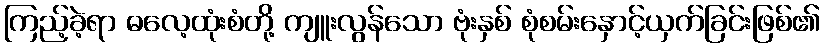
ကြည့်ခဲ့ရာ ဓလေ့ထုံးစံတို့ ကျူးလွန်သော ဗုံးနှစ် စုံစမ်းနှောင့်ယှက်ခြင်းဖြစ်၏